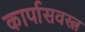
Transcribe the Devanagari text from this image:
कार्पासवस्त्र